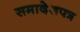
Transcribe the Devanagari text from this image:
समादेशपत्र